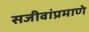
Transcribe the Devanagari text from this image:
सजीवांप्रमाणे